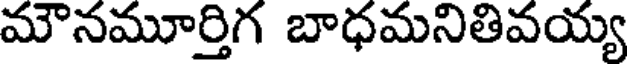
మౌనమూర్తిగ బాధమనితివయ్య